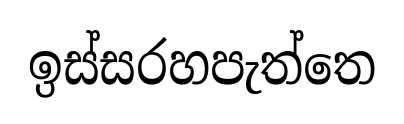
ඉස්සරහපැත්තෙ